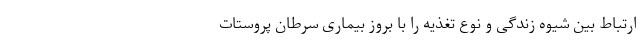
ارتباط بین شیوه زندگی و نوع تغذیه را با بروز بیماری سرطان پروستات